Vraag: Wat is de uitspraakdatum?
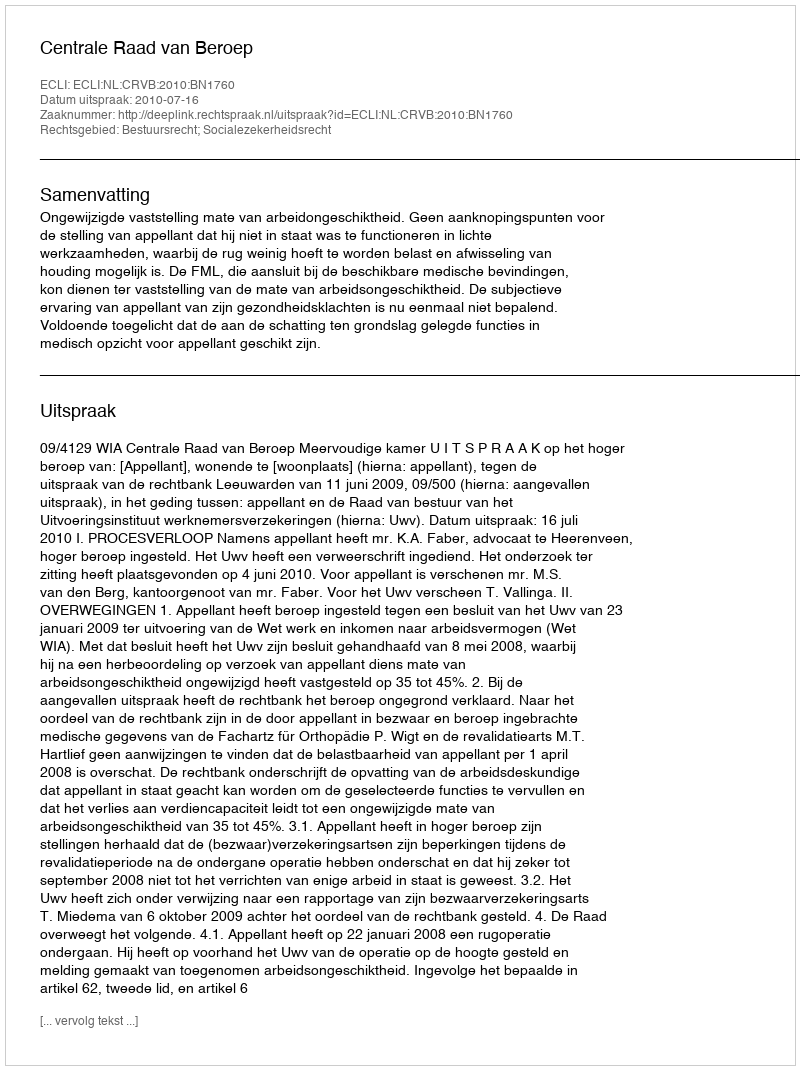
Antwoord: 2010-07-16